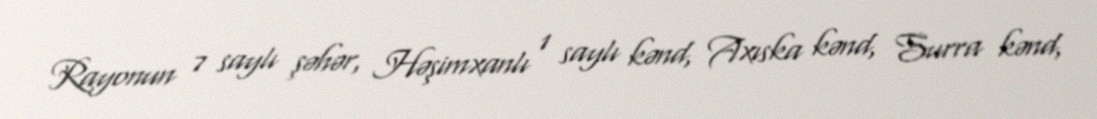
Rayonun 7 saylı şəhər, Həşimxanlı 1 saylı kənd, Axıska kənd, Surra kənd,